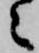
々